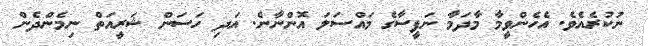
ނުުކުރެއެވެ. އެހެންވީމާ މާދަމާ ނަފީސާގެ މައްސަލަ އޮންނާނެ. އަދި ހަސަން ޝަރީއަތް ނިމެންދެން